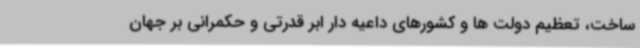
ساخت، تعظیم دولت ها و کشورهای داعیه دار ابر قدرتی و حکمرانی بر جهان